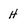
Character: H